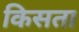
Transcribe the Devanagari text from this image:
किसता